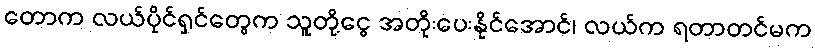
တောက လယ်ပိုင်ရှင်တွေက သူတို့ငွေ အတိုးပေးနိုင်အောင်၊ လယ်က ရတာတင်မက